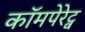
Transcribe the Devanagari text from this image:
कॉमपेरेट्व